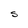
Character: S